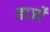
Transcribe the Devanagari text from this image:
बार्जों